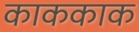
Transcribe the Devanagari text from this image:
काककाक